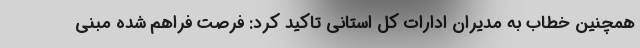
همچنین خطاب به مدیران ادارات کل استانی تاکید کرد: فرصت فراهم شده مبنی